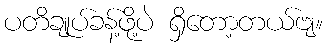
ပတိချုပ်ခန့်ဖို့ပဲ ရှိတော့တယ်ဗျ။